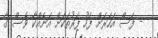
- ފަސް އަހަރަށް ފަހު ފަރުތަކަށް އަނެއްކާ ވެސް ގާ